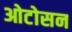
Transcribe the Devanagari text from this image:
ओटोसन